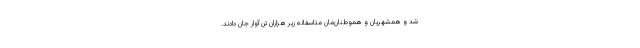
شد و همشهریان‌ و هموطنان‌مان متاسفانه زیر هزاران تن آوار جان دادند.